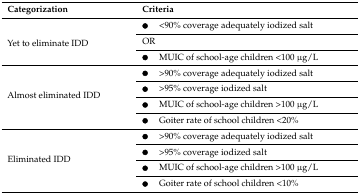
| Categorization | Criteria |
 | --- | --- |
 | <ROWSPAN=3> Yet to eliminate IDD | ●<90% coverage adequately iodized salt |
 | OR |
 | ●MUIC of school-age children <100 μg/L |
 | <ROWSPAN=4> Almost eliminated IDD | ●>90% coverage adequately iodized salt |
 | ●>95% coverage iodized salt |
 | ●MUIC of school-age children >100 μg/L |
 | ●Goiter rate of school children <20% |
 | <ROWSPAN=4> Eliminated IDD | ●>90% coverage adequately iodized salt |
 | ●>95% coverage iodized salt |
 | ●MUIC of school-age children >100 μg/L |
 | ●Goiter rate of school children <10% |